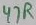
Text: 47R